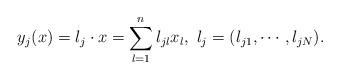
LaTeX: \begin{align*}y_j(x)=\l_j\cdot x=\sum_{l=1}^n\l_{jl}x_l,\ \l_j=(\l_{j1},\cdots,\l_{jN}).\end{align*}